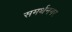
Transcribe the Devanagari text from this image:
समर्थनगर